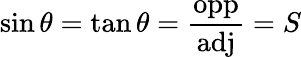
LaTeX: \sin\theta=\tan\theta={\frac{\mathrm{opp}}{\mathrm{adj}}}=S